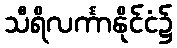
သီရိလင်္ကာနိုင်ငံ၌